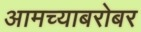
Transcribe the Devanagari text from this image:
आमच्याबरोबर